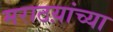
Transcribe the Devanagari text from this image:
मराठय़ांच्या